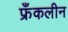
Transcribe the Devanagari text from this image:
फ्रँकलीन